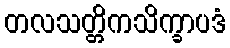
တလသတ္တိကသိက္ခာပဒံ